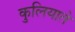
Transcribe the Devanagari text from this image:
कुलियाते